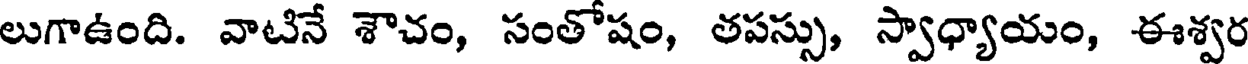
లుగాఉంది. వాటినే శౌచం, సంతోషం, తపస్సు, స్వాధ్యాయం, ఈశ్వర